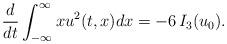
LaTeX: \begin{align*}\frac{d}{dt}\int_{-\infty}^{\infty}xu^2(t,x)dx=-6\,I_3(u_0).\end{align*}